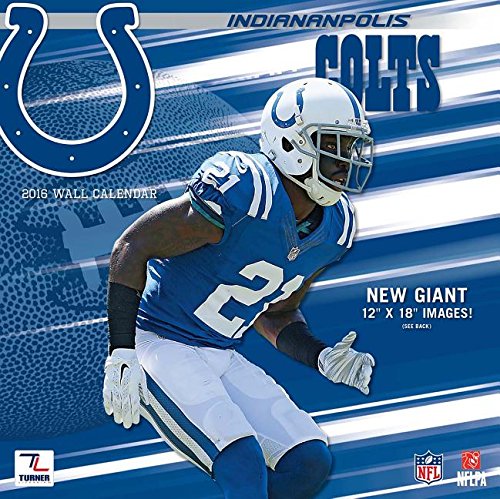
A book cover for Indianapolis Colts; Calendars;